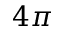
4 \pi